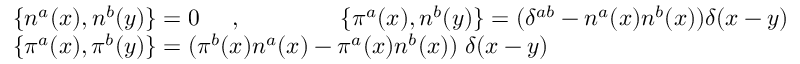
\begin{array} { l } { { \{ n ^ { a } ( x ) , n ^ { b } ( y ) \} = 0 \; \; \; \; \; , \; \; \; \; \; \; \; \; \; \; \; \; \; \; \; \{ { \pi } ^ { a } ( x ) , n ^ { b } ( y ) \} = ( \delta ^ { a b } - n ^ { a } ( x ) n ^ { b } ( x ) ) \delta ( x - y ) } } \\ { { \{ { \pi } ^ { a } ( x ) , { \pi } ^ { b } ( y ) \} = ( { \pi } ^ { b } ( x ) n ^ { a } ( x ) - { \pi } ^ { a } ( x ) n ^ { b } ( x ) ) \; \delta ( x - y ) } } \end{array}